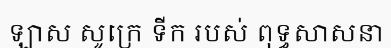
ឡាស សូក្រេ ទីក របស់ ពុទ្ធសាសនា